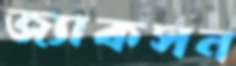
জ্যাকসন